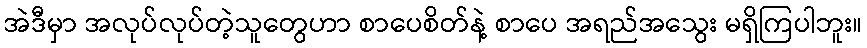
အဲဒီမှာ အလုပ်လုပ်တဲ့သူတွေဟာ စာပေစိတ်နဲ့ စာပေ အရည်အသွေး မရှိကြပါဘူး။